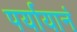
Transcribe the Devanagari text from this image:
पर्यायानं